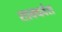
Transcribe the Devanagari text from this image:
शाक्यवंश